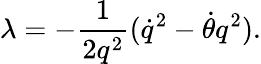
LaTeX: \lambda=-\frac{1}{2q^{2}}({\dot{q}}^{2}-\dot{\theta}q^{2}).